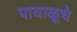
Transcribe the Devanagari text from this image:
पायाळूचे